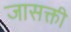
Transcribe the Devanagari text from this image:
जासक्ती